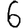
Digit: 6